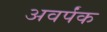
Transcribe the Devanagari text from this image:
अवर्पंक